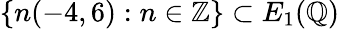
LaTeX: \{ n(-4,6):n\in\mathbb{Z}\} \subset E_{1}(\mathbb{Q})